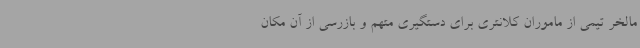
مالخر تیمی از ماموران کلانتری برای دستگیری متهم و بازرسی از آن مکان